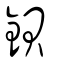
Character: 鋇